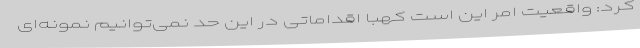
کرد: واقعیت امر این است کهبا اقداماتی در این حد نمی‌توانیم نمونه‌ای